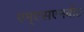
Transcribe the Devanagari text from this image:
एम्एसएनबोट